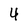
Character: 4